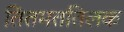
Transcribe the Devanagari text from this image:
तितमततिलक